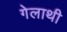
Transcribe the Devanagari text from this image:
गेलाथी